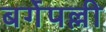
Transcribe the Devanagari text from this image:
बर्गेपल्ली